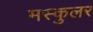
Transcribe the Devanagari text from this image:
मस्कुलर